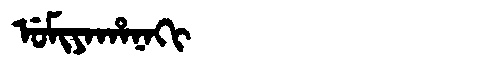
Manchu: ᡠᠮᡳᠶᠠᡥᠠᠨᠠᡴᡳ
Romanization: UMIYAHANAKI